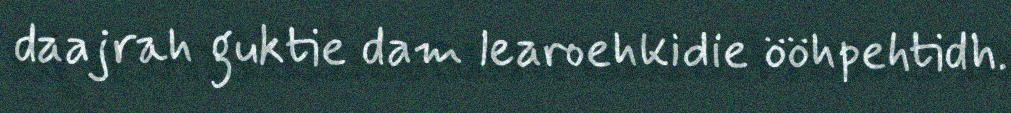
daajrah guktie dam learoehkidie ööhpehtidh.